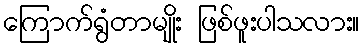
ကြောက်ရွံတာမျိုး ဖြစ်ဖူးပါသလား။